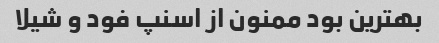
بهترین بود ممنون از اسنپ فود و شیلا